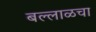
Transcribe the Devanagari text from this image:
बल्लाळचा